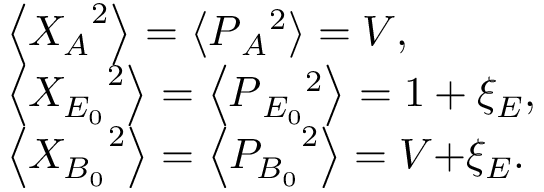
\begin{array} { r l } & { \left\langle { X _ { A } } ^ { 2 } \right\rangle = \left\langle P { { _ { A } } ^ { 2 } } \right\rangle = V , } \\ & { \left\langle { { X _ { E _ { 0 } } } ^ { 2 } } \right\rangle = \left\langle P { { _ { E _ { 0 } } } ^ { 2 } } \right\rangle = 1 + { { \xi } _ { E } } , } \\ & { \left\langle { { X } _ { B _ { 0 } } } ^ { 2 } \right\rangle = \left\langle { { P } _ { B _ { 0 } } } ^ { 2 } \right\rangle = V \mathrm { + } { { \xi } _ { E } } . } \end{array}